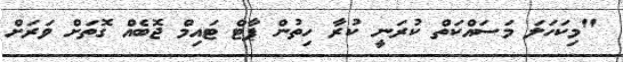
"މިކަހަލަ މަސައްކަތް ކުރަނީ ކުރާ ހިތުން ޕާޓް ޓައިމް ޖޮބެއް ގޮތަށް ވަރަށް